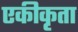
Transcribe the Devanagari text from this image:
एकीकृता